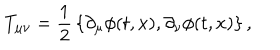
T _ { \mu \nu } = { \frac { 1 } { 2 } } \left\{ \partial _ { \mu } \phi ( t , x ) , \partial _ { \nu } \phi ( t , x ) \right\} ,